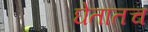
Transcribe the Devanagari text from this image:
घेतातच